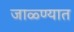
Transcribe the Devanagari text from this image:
जाळ्ण्यात